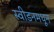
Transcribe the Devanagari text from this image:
स्वीडनमधून